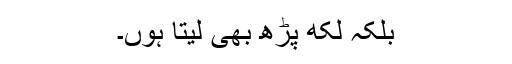
بلکہ لکھ پڑھ بھی لیتا ہُوں۔